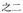
之二